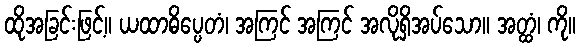
ထိုအခြင်းဖြင့်။ ယထာဓိပ္ပေတံ၊ အကြင် အကြင် အလိုရှိအပ်သော။ အတ္ထံ၊ ကို။